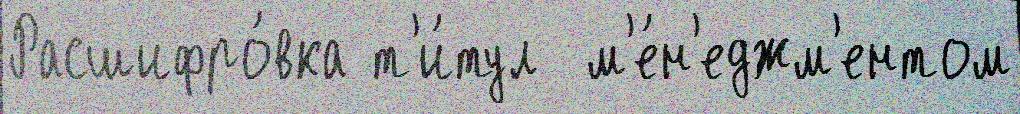
Расшифро́вка т'и́тул  м'е́н'еджм'ентом